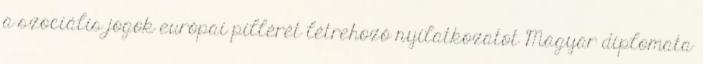
a szociális jogok európai pillérét létrehozó nyilatkozatot Magyar diplomata